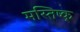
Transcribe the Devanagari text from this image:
मस्तिष्क्